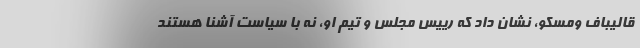
قالیباف ومسکو، نشان داد که رییس مجلس و تیم او، نه با سیاست آشنا هستند